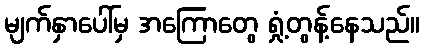
မျက်နှာပေါ်မှ အကြောတွေ ရှုံ့တွန့်နေသည်။